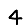
Digit: 4